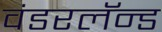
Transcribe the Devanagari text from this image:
वंडरलॅन्ड